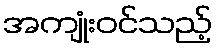
အကျုံးဝင်သည့်